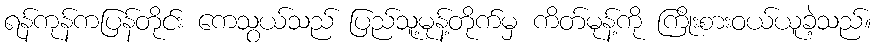
ရန်ကုန်ကပြန်တိုင်း ကေသွယ်သည် ပြည်သူ့မုန့်တိုက်မှ ကိတ်မုန့်ကို ကြိုးစားဝယ်ယူခဲ့သည်။